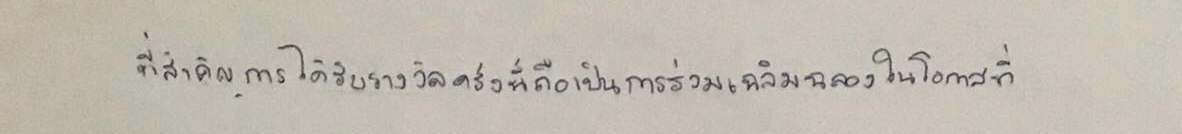
ที่สำคัญการได้รับรางวัลครั้งนี้ถือเป็นการร่วมเฉลิมฉลองในโอกาสที่